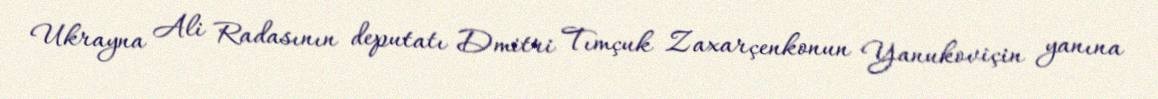
Ukrayna Ali Radasının deputatı Dmitri Tımçuk Zaxarçenkonun Yanukoviçin yanına